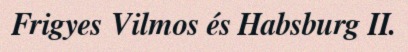
Frigyes Vilmos és Habsburg II.